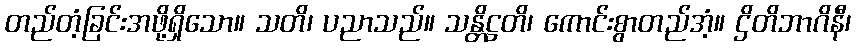
တည်တံ့ခြင်းအဖို့ရှိသော။ သတိ၊ ပညာသည်။ သန္တိဋ္ဌတိ၊ ကောင်းစွာတည်အံ့။ ဌိတိဘာဂိနီ၊